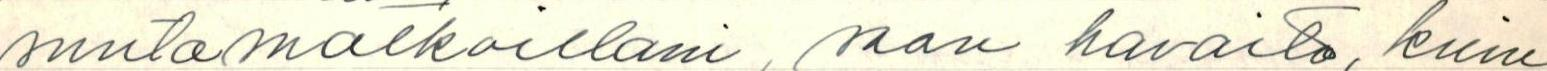
suntamatkoillani, saan havaita, kuin